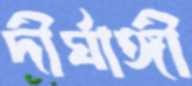
দীর্ঘাঙ্গী